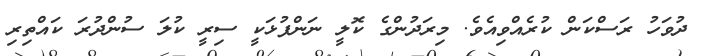
ދުވަހު ރަސްކަން ކުރެއްވިއެވެ. މިރަދުންގެ ކޮލީ ނަންފުޅަކީ ސިރީ ކުލަ ސުންދުރަ ކައްތިރި